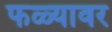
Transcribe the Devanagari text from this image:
फळ्यावर